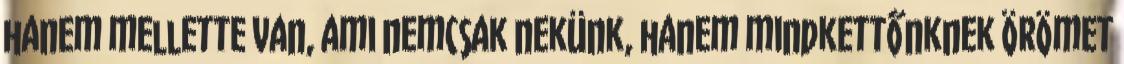
hanem mellette van, ami nemcsak nekünk, hanem mindkettőnknek örömet